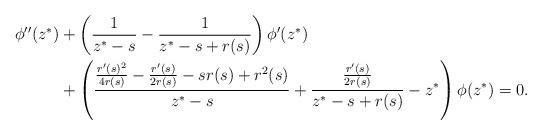
\begin{align*}\begin{aligned}\phi''(z^*)&+\left(\frac{1}{z^*-s}-\frac{1}{z^*-s+r(s)}\right)\phi'(z^*)\\&+\left(\frac{\frac{r'(s)^2}{4 r(s)}-\frac{r'(s)}{2 r(s)}-s r(s)+r^2(s)}{z^*-s}+\frac{\frac{r'(s)}{2 r(s)}}{z^*-s+r(s)}-z^*\right)\phi(z^*)=0.\end{aligned}\end{align*}